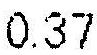
0.37